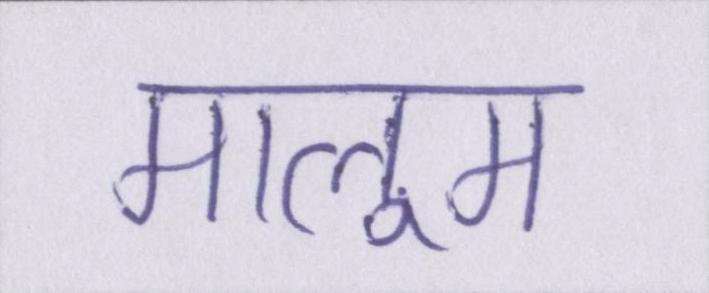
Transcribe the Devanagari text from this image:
मालूम